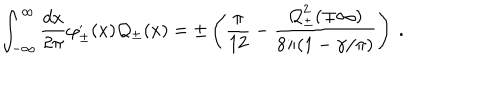
LaTeX: \displaystyle \int _ { - \infty } ^ { \infty } \frac { d x } { 2 \pi } \varphi _ { \pm } ^ { , } ( x ) { \cal Q } _ { \pm } ( x ) = \pm \left( \frac { \pi } { 1 2 } - \frac { { \cal Q } _ { \pm } ^ { 2 } ( \mp \infty ) } { 8 \pi ( 1 - \gamma / \pi ) } \right) \: .